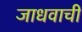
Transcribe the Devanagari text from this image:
जाधवाची